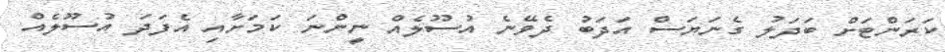
ކަރަންޓަށް ބަދަލު ގެނަޔަސް އަދަބު ދެވޭނެ އުސޫލެއް ނީންނަ ކަމަށާއި އެފަދަ އުސޫލެއް